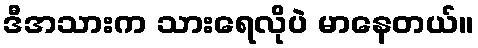
ဒီအသားက သားရေလိုပဲ မာနေတယ်။